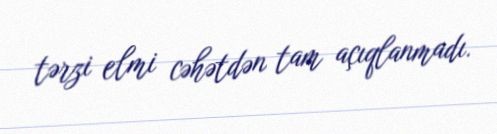
tərzi elmi cəhətdən tam açıqlanmadı.